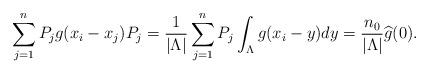
LaTeX: \begin{align*}\sum_{j=1}^n P_j g(x_i- x_j) P_j = \frac{1}{\vert \Lambda \vert} \sum_{j=1}^n P_j \int_{\Lambda} g(x_i-y) dy = \frac{n_0}{|\Lambda|} \widehat g(0).\end{align*}